Vaccination North-Western Provinces and Oudh 1878-1895 - 1878-1895
Year: 1878
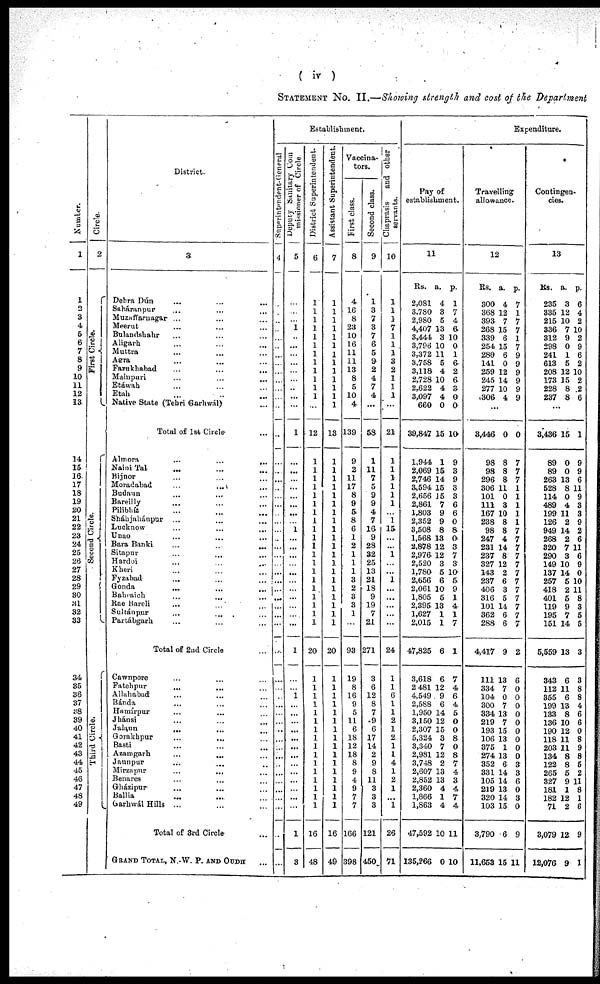
( iv
STATEMENT No. II.—Showing strength and cast of the Department
Numbe r
.
1
1
2
3
4
5
6
7
8
9
10
11 12
13
14
15
16
17
18
19
20
21
22
23
24
25
26
27
28
29
30
31
32
33
34
35
36
37
38
39
40
41
42
43
44
45
46
47
48
49
Ci r cl e.
2
First Circle.
Second Circle.
Third Circle.
District.
3
Dehra Dún ... ... ...
Saháranpur ... ... ...
Muzaffarnagar ... ... ...
Meerut ... ... ...
Bulandshahr ... ... ...
Aligarh ... ... ...
Muttra ... ... ...
Agra ... ... ...
Farakhabad ... ... ...
Mainpuri ... ... ...
Etáwah ... ... ...
Etah ... ... ...
Native State (Tehri Garhwál) ...
Total of 1st Circle ...
Almora ... ... ...
Naini Tal
... ... ...
Bijnor ... ... ...
Moradabad ... ... ...
Budaun ... ... ...
Bareilly ... ... ...
Pilibhít ... ... ...
Sháhjahánpur ... ... ...
Lucknow ... ... ...
Unao ... ... ...
Bara Banki ... ... ...
Sitapur ... ... ...
Hardoi ... ... ...
Kheri ... ... ...
Fyzabad ... ... ...
Gonda
... ... ...
Bahraich ... ... ...
Rae Bareli ... ... ...
Sultánpur ... ... ...
Partábgarh ... ... ...
Total of 2nd Circle ...
Cawnpore ... ... ...
Fatehpur ... ... ...
Allahabad ... ... ...
Bánda ... ... ...
Hamírpur ... ... ...
Jhánsi ... ... ...
Jalaun
... ... ...
Gorakhpur ... ... ...
Basti ... ... ...
Azamgarh
...
...
...
Jaunpur ... ... ...
Mirzapur
...
... ...
Benares ... ... ...
Grházipur ... ... ...
Ballia ... ... ...
Garhwál Hills ... ... ...
Total of 3rd Circle ...
GRAND TOTAL, N.-W. P. AND OUDH ...
Establishment.
Superintendent-General
4
...
...
...
...
...
...
...
...
...
...
...
...
...
...
...
...
...
...
...
...
...
...
...
...
...
...
...
...
...
...
...
...
...
...
...
...
...
...
...
...
...
...
...
...
...
...
...
...
...
...
...
...
...
Deputy Sanitary Com
missioner of Circle.
5
...
...
...
1
...
...
...
...
...
...
...
...
...
1
...
...
...
...
...
...
...
...
1
...
...
...
...
...
...
...
...
...
...
...
1
...
...
1
...
...
...
...
...
...
...
...
...
...
...
...
...
1
3
District Superintendent.
6
1
1
1
1
1
1
1
1
1
1
1
...
...
12
1
1
1
1
1
1
1
1
1
1
1
1
1
1
1
1
1
1
1
1
20
1
1
1
1
1
1
1
1
1
1
1
1
1
1
1
1
16
48
Assistant Superintendent.
7
1
1
1
1
1
1
1
1
1
1
1
1
1
13
1
1
1
1
1
1
1
1
1
1
1
1
1
1
1
1
1
1
1
1
20
1
1
1
1
1
1
1
1
1
1
1
1
1
1
1
1
16
49
Vaccina-
tors.
First class.
8
4
16
8
23
10
16
11
11
13
8
5
10
4
139
9
2
11
17
8
9
5
8
6
1
2
1
1
1
3
2
3
3
1
...
93
19
8
16
9
5
11
6
18
12
18
8
9
4
9
7
7
166
398
Second class.
9
1
3
7
3
7
6
5
9
2
4
7
4
...
58
1
11
1
5
9
9
4
7
16
9
28
32
25
13
21
18
9
19
7
21
271
3
6
12
8
7
9
6
17
14
2
9
8
11
3
3
3
121
450
Chaprasis
and other
servants.
10
1
1
1
7
1
1
1
3
2
1
1
1
...
21
1
1
1
1
1
1
1
15
...
...
1
...
...
1
...
...
...
...
...
24
1
1
6
1
1
2
1
2
1
1
4
1
2
1
...
1
26
71
Expenditure.
Pay of
establishment.
11
Rs.
2,081
3,780
2,980
4,407
3,444
3,796
3,372
3,758
3,118
2,728
2,622
3,097
660
39,847
1,944
2,069
2,746
3,594
2,656
2,861
1,803
2,352
3,508
1,568
2,878
2,976.
2,520
1,780
2,656
2,061
1,805
2,395
1,627
2,015
47,825
3,618
2 481
4,549
2,588
1,950
3,150
2,307
5,324
3,340
2,981
3,748
2,607
2,852
2,360
1,866
1,863
47,592
135,266
a.
4
3
5
13
3
10
11
5
4
10
4
4
0
15
1
15
14
15
15
7
9
9
8
13
12
12
3
5
6
10
5
13
1
1
6
6
12
9
6
14
12
15
3
7
12
2
13
13
4
1
4
10
0
p.
1
7
4
6
10
0
1
6
2
6
3
0
0
10
9
3
9
3
3
6
6
0
8
0 3
7
3
10
5
9
1
4
1
7
1
7
4
6
4
5
0
0
8
0
8
7
4
3
4
7
4
11
10
Travelling
allowance.
12
Rs.
300
368
393
268
339
254
289
141
259
245
277
306
...
3,446
98
98
296
306
101
111
167
238
98
247
231
237
327
143
237
406
316
101
362
288
4,417
111
334
104
300
334
219
193
106
375
274
352
331
105
219
320
103
3,790
11,653
a.
4
12
7
15
6
15
6
0
12
14
10
4
0
8
8
8
11
0
3
10
8
8
4
14
8
12
2
6
3
5
14
6
6
9
13
7
0
7
13
7
15
13
1
13
6
14
14
13
14
15
6
15
p.
7
1
7
7
1
7
9
9
9
9
9
9
0
7
7
7
1
1
1
1
1
7
7
7
7
7
7
7
7
7
7
7
7
2
6
0
0
0
0
0
0
0
0
0
3
3
6
0
3
0
9
11
Contingen-
cies.
13
Rs.
235
335
215
336
312
298
241
613
208
173
228
237
...
3,436
89
89
263
528
114
489
199
126
949
268
320
290
149
137
257
418
401
119
195
151
5,559
343
112
355
199
133
136
190
118
203
134
122
265
327
181
182
71
3,079
12,076
a.
3
12
10
7
9
0
l
5
12
15
8
8
15
0
0
13
8
0
4
11
2
14
2
7
3
10
14
5
2
5
9
7
14
13
6
11
6
13
8
10
12
11
11
8
8
5
9
1
12
2
12
9
p.
6
4
8
10
2
9
6
2
10
2
2
6
1
9
9
6
11
9
3
3
9
11
6
11
6
9
0
10
11
8
3
5
5
3
3
8
8
4
6
6
0
8
9
8
5
2
11
8
1
6
9
1